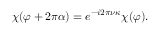
\chi ( \varphi + 2 \pi \alpha ) = e ^ { - i 2 \pi \nu \kappa } \chi ( \varphi ) .